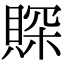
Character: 賝